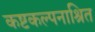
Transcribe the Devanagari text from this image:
कष्टकल्पनाश्रित